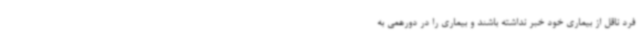
فرد ناقل از بیماری خود خبر نداشته باشند و بیماری را در دورهمی به